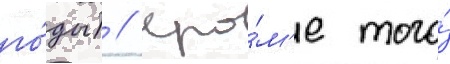
го́ды) // Кро́м'е того́